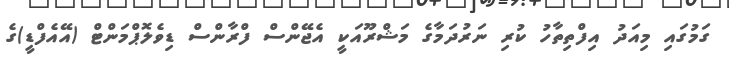
ގަމުގައި މިއަދު އިފްތިތާހު ކުރި ނަރުދަމާގެ މަޝްރޫއަކީ އެޖޭންސް ފްރާންސް ޑިވެލޮޕްމަންޓް (އޭއެފްޑީ)ގެ